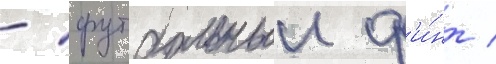
- футбольныи ф'и́нт /